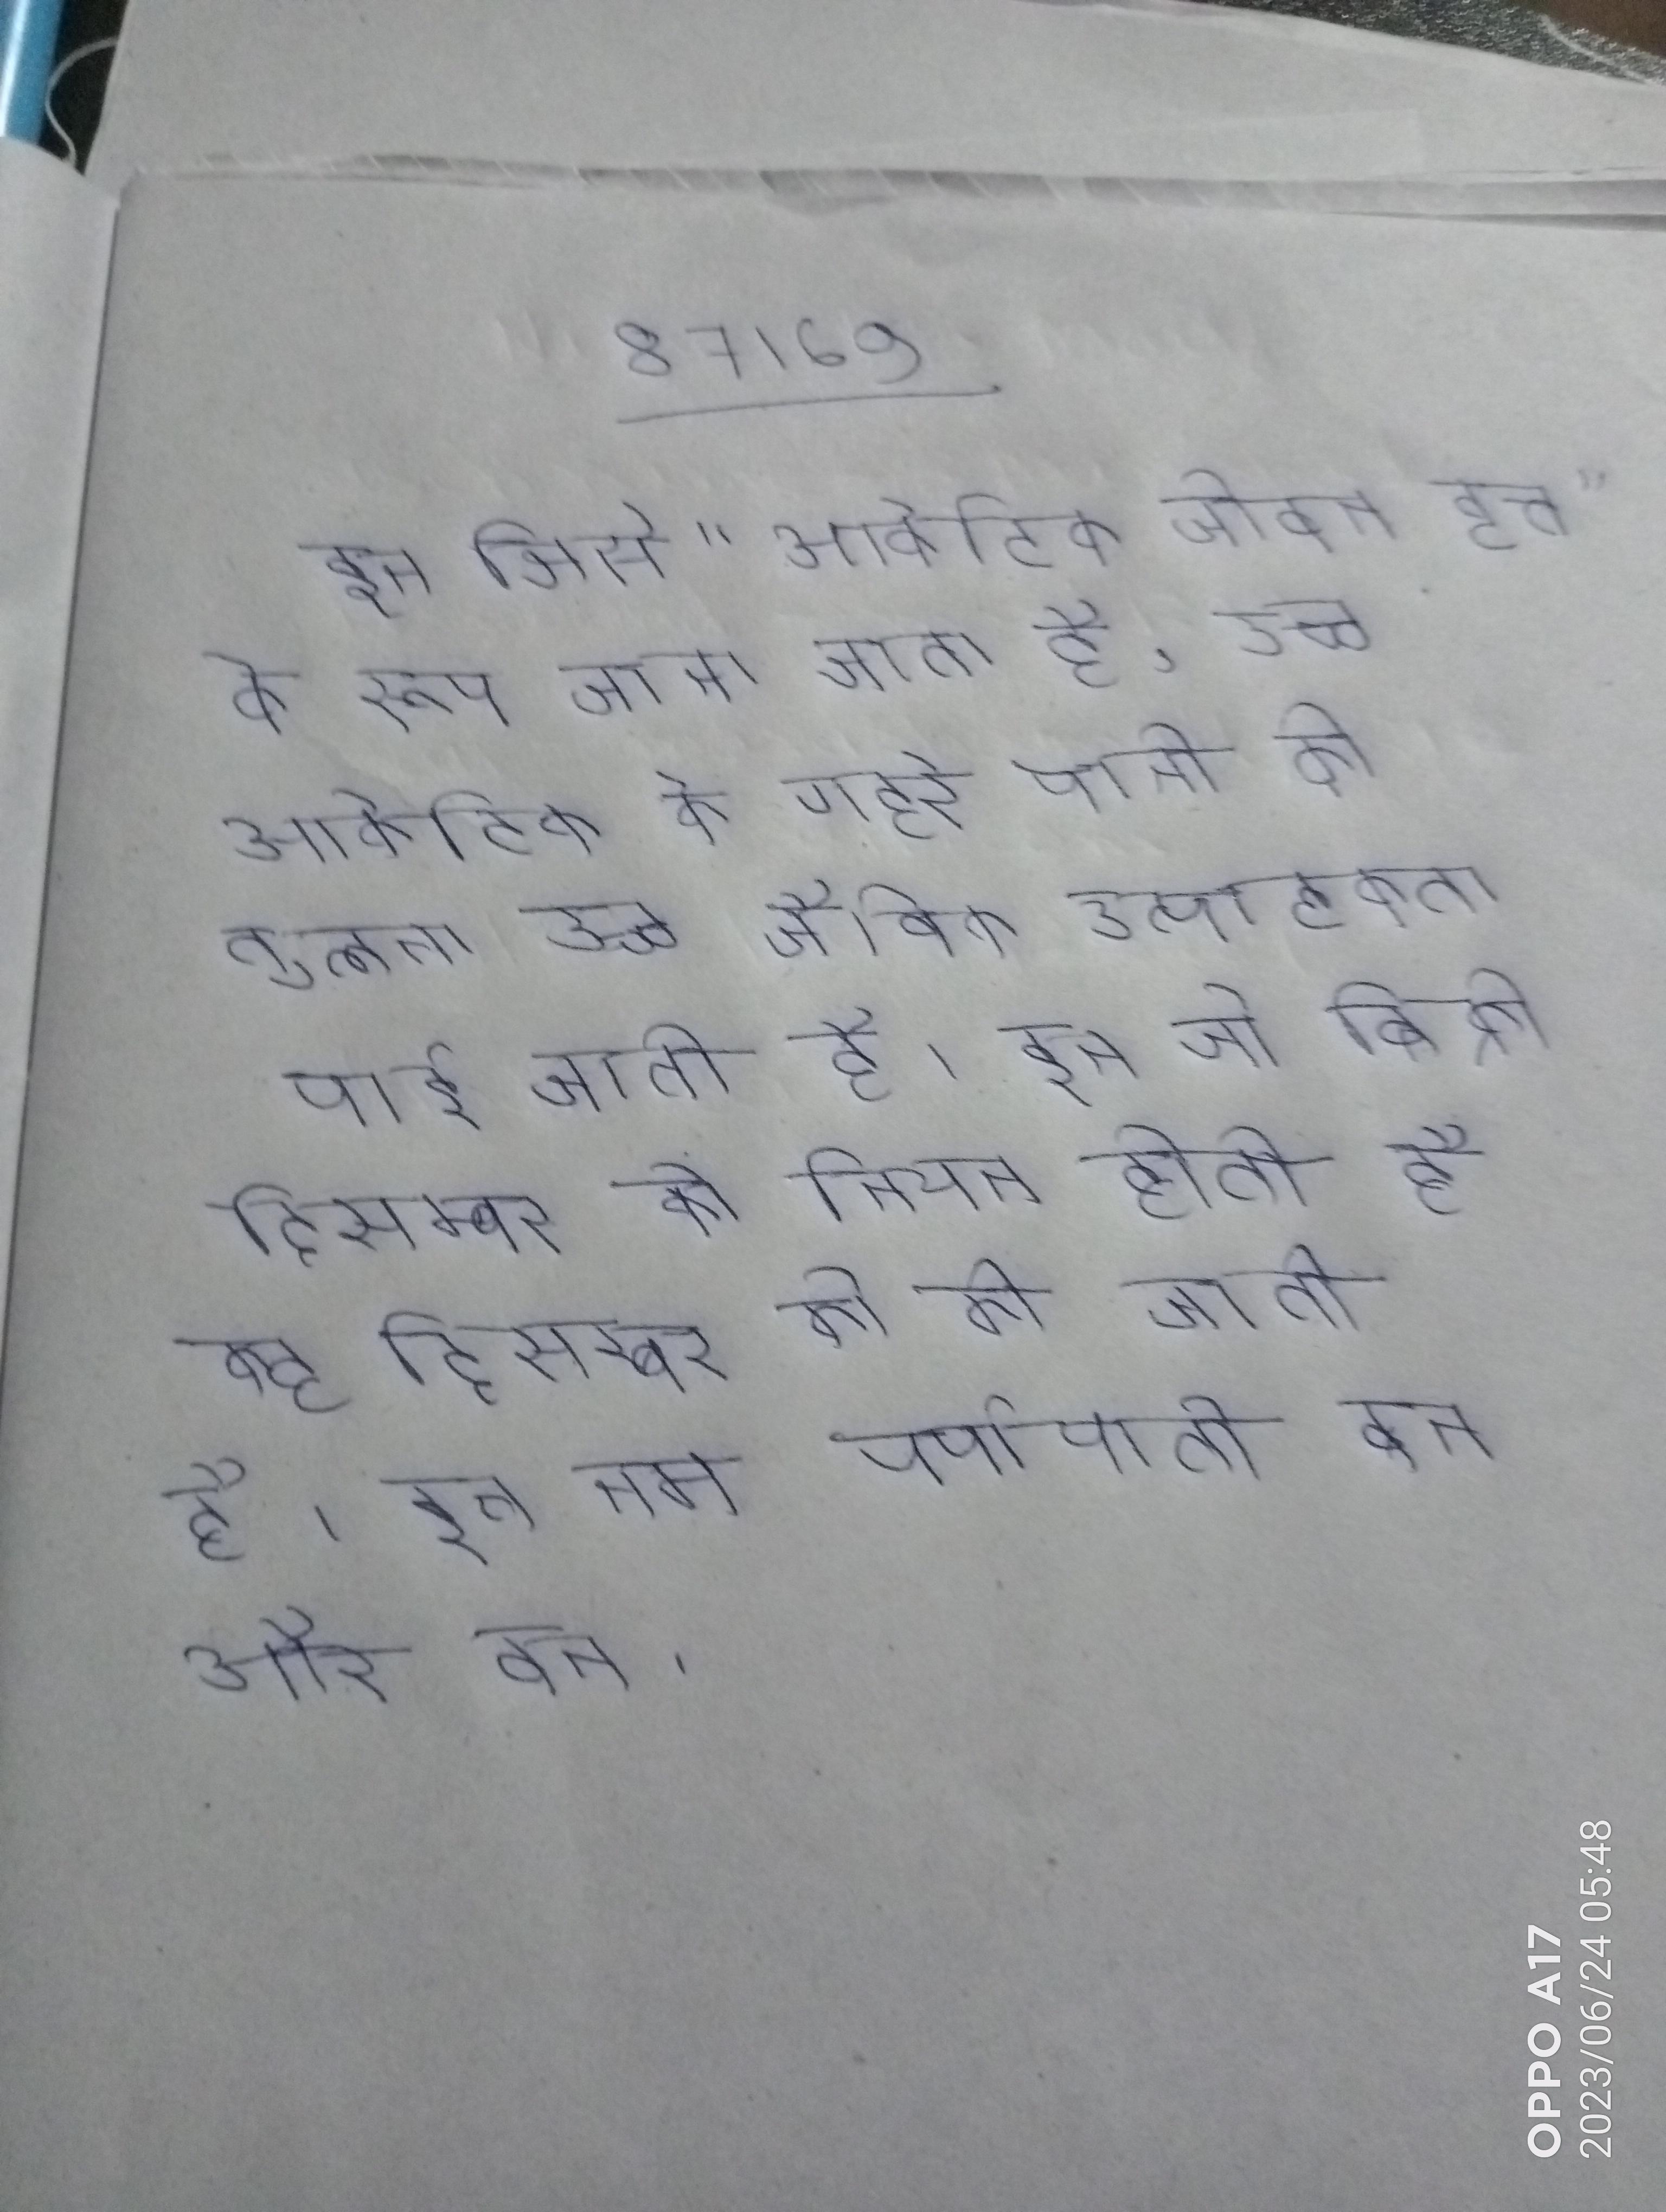
इन जिसे "आर्कटिक जीवन वृत्त" के रूप जाना जाता है, उच्च आर्कटिक के गहरे पानी की तुलना उच्च जैविक उत्पादकता पाई जाती है । इन जो बिक्री दिसम्बर को नियत होती है वह दिसम्बर को की जाती है । इन नम पर्णपाती वन और वर्षा वन ।